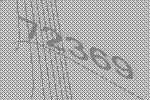
72369